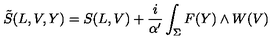
\tilde { S } ( L , V , Y ) = S ( L , V ) + \frac { i } { \alpha ^ { \prime } } \int _ { \Sigma } F ( Y ) \wedge W ( V )